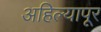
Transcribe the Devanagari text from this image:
अहिल्यापूर